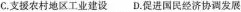
C.支援农村地区工业建设 D.促进国民经济协调发展